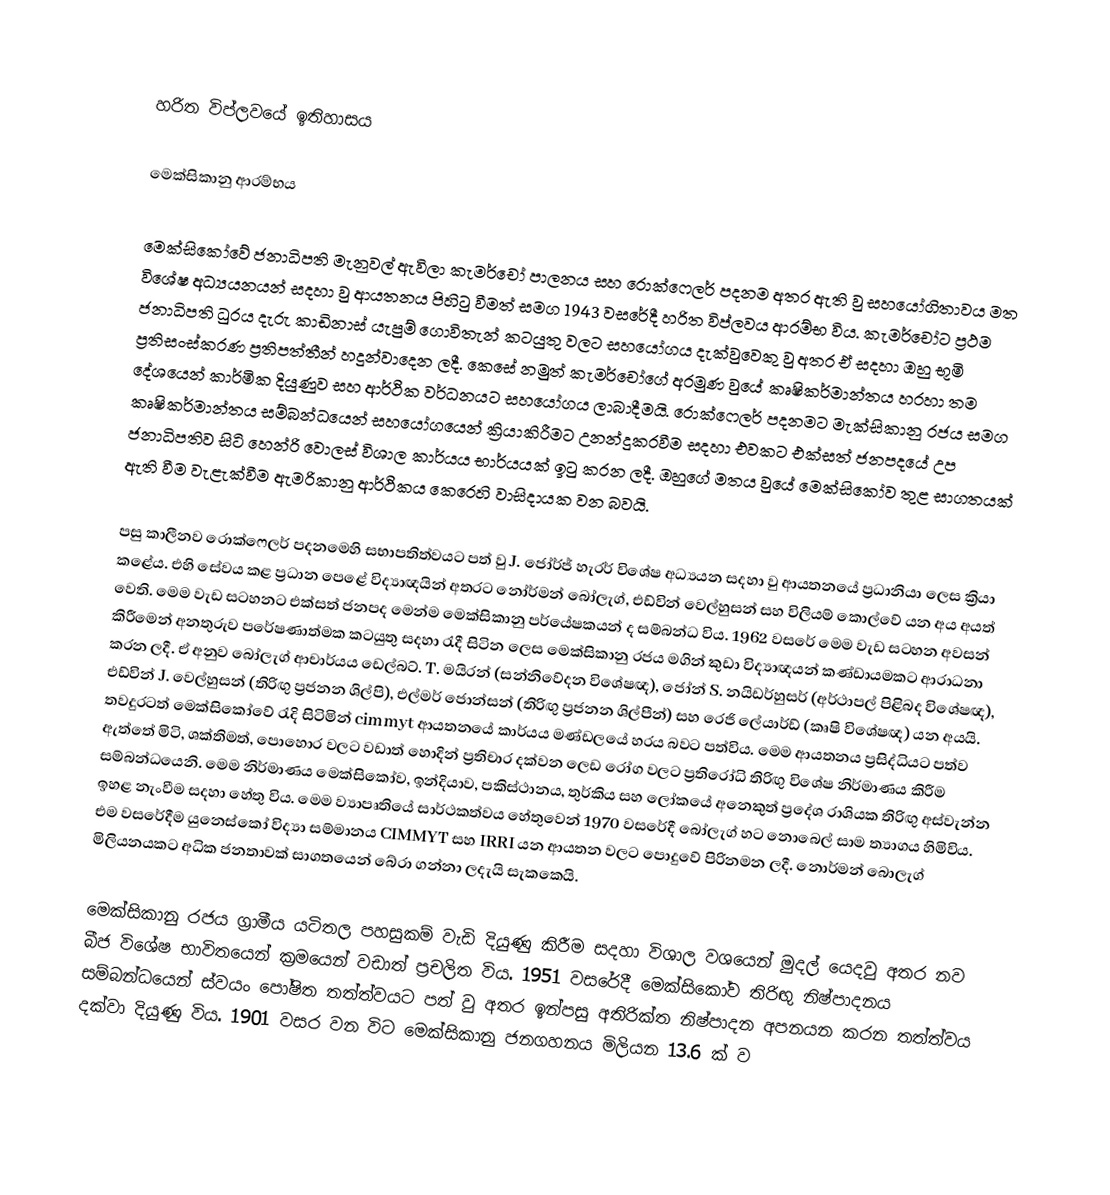

හරිත විප්ලවයේ ඉතිහාසය

මෙක්සිකානු ආරම්භය

මෙක්සිකෝවේ ජනාධිපති මැනුවල් ඇවිලා කැමර්චෝ පාලනය සහ රොක්ෆෙලර් පදනම අතර ඇති වු සහයෝගිතාවය මත විශේෂ අධ්‍යයනයන් සදහා වු ආයතනය පිහිටු වීමත් සමග 1943 වසරේදී හරිත විප්ලවය ආරම්භ විය. කැමර්චෝට ප්‍රථම ජනාධිපති ධුරය දැරු කාඩිනාස් යැපුම් ගොවිතැන් කටයුතු වලට සහයෝගය දැක්වුවෙකු වු අතර ඒ සදහා ඔහු භූමි ප්‍රතිසංස්කරණ ප්‍රතිපත්තීන් හදුන්වාදෙන ලදී. කෙසේ නමුත් කැමර්චෝගේ අරමුණ වුයේ කෘෂිකර්මාන්තය හරහා තම දේශයෙන් කාර්මික දියුණුව සහ ආර්ථික වර්ධනයට සහයෝගය ලාබාදීමයි. රොක්ෆෙලර් පදනමට මැක්සිකානු රජය සමග කෘෂිකර්මාන්තය සම්බන්ධයෙන් සහයෝගයෙන් ක්‍රියාකිරීමට උනන්දුකරවීම සදහා එවකට එක්සත් ජනපදයේ උප ජනාධිපතිව සිටි හෙන්රි වොලස් විශාල කාර්යය භාර්යයක් ඉටු කරන ලදී. ඔහුගේ මතය වුයේ මෙක්සිකෝව තුළ සාගතයක් ඇති වීම වැළැක්වීම ඇමරිකානු ආර්ථිකය කෙරෙහි වාසිදායක වන බවයි.

පසු කාලීනව රොක්ෆෙලර් පදනමෙහි සභාපතිත්වයට පත් වු J. ජෝර්ජ් හැරර් විශේෂ අධ්‍යයන සදහා වු ආයතනයේ ප්‍රධානියා ලෙස ක්‍රියා කළේය. එහි සේවය කළ ප්‍රධාන පෙළේ විද්‍යාඥයින් අතරට නෝර්මන් බෝලැග්, එඩ්වින් වෙල්හුසන් සහ විලියම් කොල්වේ යන අය අයත් වෙති. මෙම වැඩ සටහනට එක්සත් ජනපද මෙන්ම මෙක්සිකානු පර්යේෂකයන් ද සම්බන්ධ විය. 1962 වසරේ මෙම වැඩ සටහන අවසන් කිරීමෙන් අනතුරුව පරේෂණාත්මක කටයුතු සදහා රැදී සිටින ලෙස මෙක්සිකානු රජය මගින් කුඩා විද්‍යාඥයන් කණ්ඩායමකට ආරාධනා කරන ලදී. ඒ අනුව බෝලැග් ආචාර්යය ඩෙල්බට්. T. මයිරන් (සන්නිවේදන විශේෂඥ), ජෝන් S. නයිඩර්හුසර් (අර්ථාපල් පිළිබද විශේෂඥ), එඩ්වින් J. වෙල්හුසන් (තිරිඟු ප්‍රජනන ශිල්පි), එල්මර් ජොන්සන් (තිරිඟු ප්‍රජනන ශිල්පීන්) සහ රෙජි ලේයාර්ඩ් (කෘෂි විශේෂඥ) යන අයයි. තවදුරටත් මෙක්සිකෝවේ රැදි සිටිමින් cimmyt ආයතනයේ කාර්යය මණ්ඩලයේ හරය බවට පත්විය. මෙම ආයතනය ප්‍රසිද්ධියට පත්ව ඇත්තේ මිටි, ශක්තිමත්, පොහොර වලට වඩාත් හොදින් ප්‍රතිචාර දක්වන ලෙඩ රෝග වලට ප්‍රතිරෝධි තිරිඟු විශේෂ නිර්මාණය කිරීම සම්බන්ධයෙනි. මෙම නිර්මාණය මෙක්සිකෝව, ඉන්දියාව, පකිස්ථානය, තුර්කිය සහ ලෝකයේ අනෙකුත් ප්‍රදේශ රාශියක තිරිඟු අස්වැන්න ඉහළ නැංවීම සදහා හේතු විය. මෙම ව්‍යාපෘතියේ සාර්ථකත්වය හේතුවෙන් 1970 වසරේදී බෝලැග් හට නොබෙල් සාම ත්‍යාගය හිමිවිය. එම වසරේදීම යුනෙස්කෝ විද්‍යා සම්මානය CIMMYT සහ IRRI යන ආයතන වලට පොදුවේ පිරිනමන ලදී. නොර්මන් බොලැග් මිලියනයකට අධික ජනතාවක් සාගතයෙන් බේරා ගන්නා ලදැයි සැකකෙයි.

මෙක්සිකානු රජය ග්‍රාමීය යටිතල පහසුකම් වැඩි දියුණු කිරීම සදහා විශාල වශයෙන් මුදල් යෙදවු අතර නව බීජ විශේෂ භාවිතයෙන් ක්‍රමයෙන් වඩාත් ප්‍රචලිත විය. 1951 වසරේදී මෙක්සිකෝව තිරිඟු නිෂ්පාදනය සම්බන්ධයෙන් ස්වයං පෝෂිත තත්ත්වයට පත් වු අතර ඉන්පසු අතිරික්ත නිෂ්පාදන අපනයන කරන තත්ත්වය දක්වා දියුණු විය. 1901 වසර වන විට මෙක්සිකානු ජනගහනය මිලියන 13.6 ක් ව